Bréfritari: Lárus Bjarnason
Dagsetning: A-1874-03-20
Skrifað á: Vesturheimi

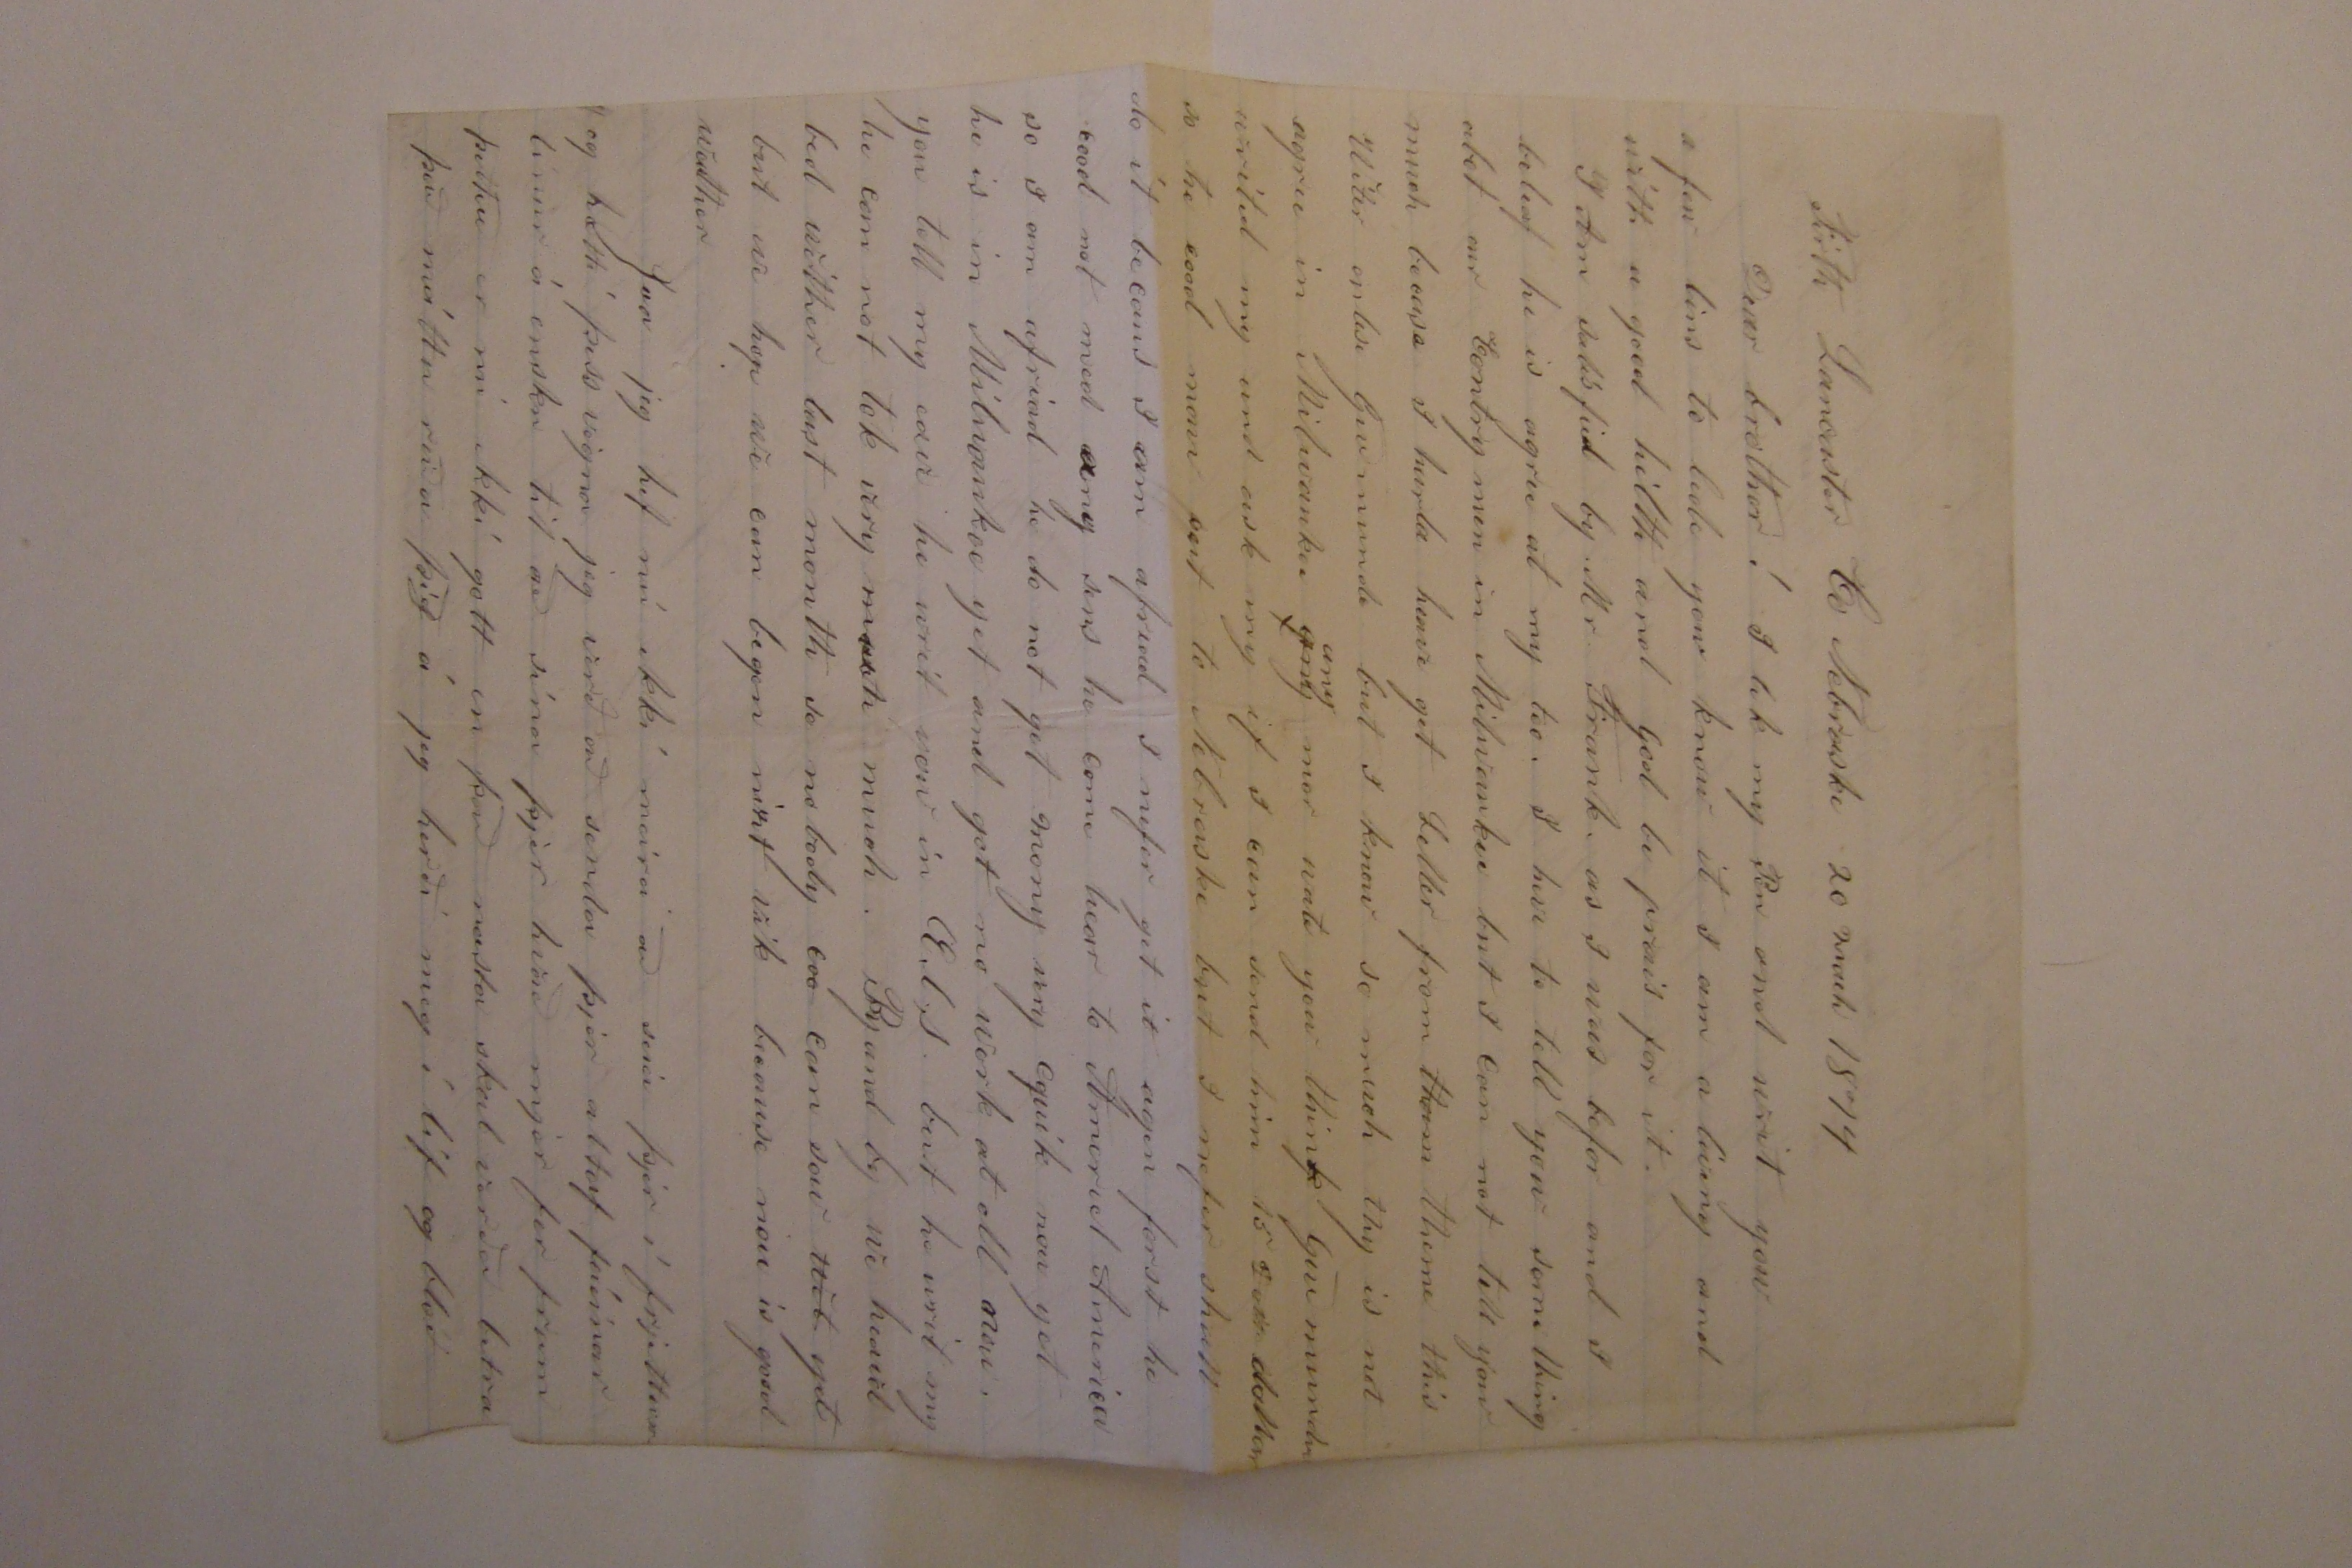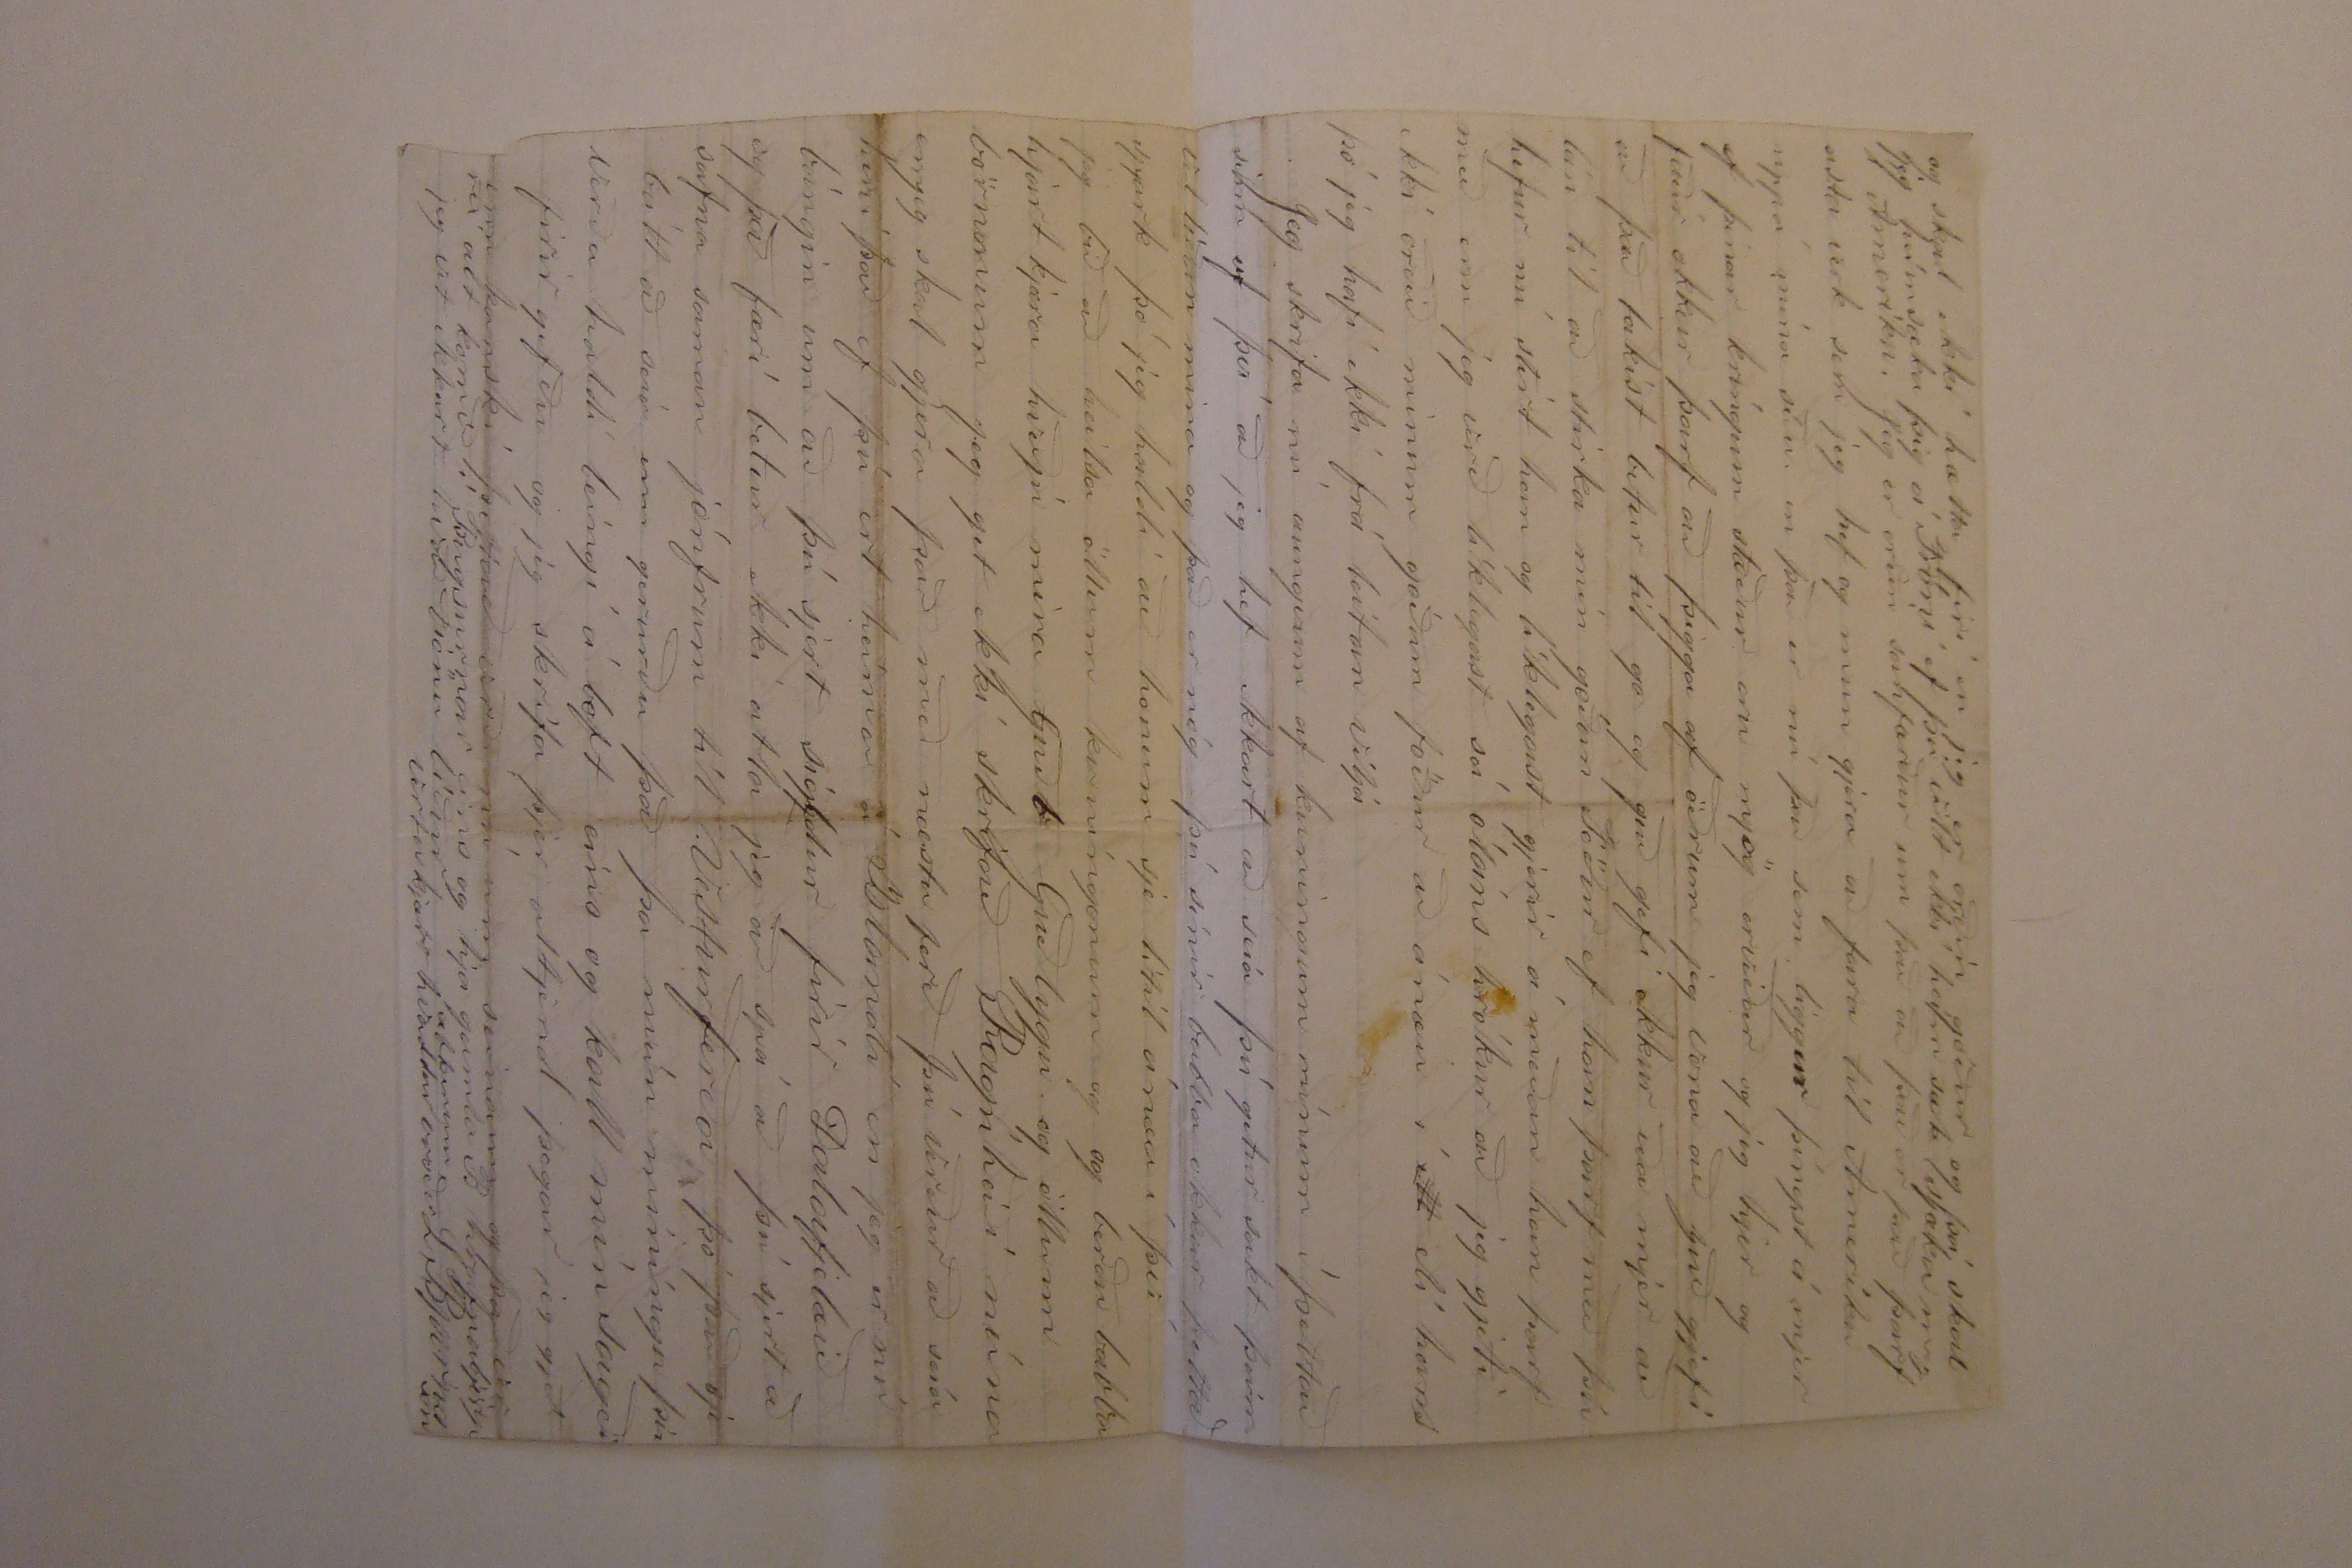

Firth Lancaster Co Nebraska 20 mach 1874
Dear brother! I
lik
my Pen and writ you a few lins to led you know it I am living and with a good hilth and God be prais for it.
I Am satis fied by Mr. Frank as I was befor and I beleaf he is agree at my too. I have to tell you something abot our Contry men in Milwaukee but I can not tell you much becase I h00la
hewe
get Letter from
them
theme this Witer 00000 Guðmundi but I know so much thy is not agree in Milwaukee
any
any
mor wat you think Guðmundur writed my and ask my if I can send him 15
Doll
dollar so he cood 0000 00t to Nebraska but I nefer shall do it becaus I am afread I nefer get it agen forst he cood not 0000 any sens he come hear to
Americl
America so I am afriad he do not get mony very cquik
nou
yet he is in Milwaukee yet and got no work at all nou. you tell my 0000 he writ you in E.l.s. but he writ my he can not very
much
much. By and by we heard
bed
wither last month so nobody
coo
can
sow
wet
yet but we hope we can begin 0i0t
vik
because nou is good wether
Svo jeg hef nú ekki meira að seia þjer í frjettum og hætti þess vegna jeg verð að senda þjer altaf fáeinar línur á ensku til að sína þjer hvað mjer fer fram þettað er nú ekki gott en það næsta skal verða betra það máttu reiða þig á jeg herði mig í líf og blóð
og skal ekki hætta firi en jeg er orðin góður og þá skal jeg heimsækja þig á Fróni ef þú vilt ekki heim
sæk
sjæka mig í Ameríku. Jeg er orðin sanfærður um það að það er það þarfasta verk sem jeg hef og mun gjera að fara til Ameríku uppá mína síðu en það er nú það sem liggur þíngst á mjer ef þínar kringum stæður eru mjög erviðar og jeg hjer og faðir okkar þarf að þigga af öðrum jeg vona að Guð gjefi að það takist betur til
go
og guð gefi okkur eða mjer að lán til að stirka min góðan Föður ef han þarf með þú hefur nú stirt han og líklegast gjerir á meðan han þarf með enn jeg verð líklegast sá óláns hrókur að jeg gjeti ekki orðið minum góðum föður að ánæu í
ell
eli hans þó jeg hafi ekki frá leitan vilja
Jeg skrifa nú aungvum af kuningum mínum í þettað sinn af því að jeg hef ekkert að seia þú getur sakt þeim vel líðan mína og það er nóg þú sínir babba okkar þettað spark þó jeg haldi að honum sje lítil ánæa í því jeg bið að heilsa öllum kuníngonum og og berðu babba hjartkjæra kveðju mína
Guðb
Guðlygu og öllum börnonum jeg get ekki srkifað Ragnheiði núna en jeg skal gjera það með næstu ferð þú verður að seía heni það ef þú ert heima á Islandi en jeg er nú bángin um að þú sjert sjálfur firir Dalafjelæið og það færi betur ekki atla jeg að spá að þú sjert að safna saman jónfrum til Vesturferða þó það sje bátt að seía enn gerurðu það þa mún miníngu þín verða haldi leingi á loft eins og kall mín sagði firirgefðu og jeg skrifa þjer altjent þegar jeg gjet enn kanski þettað verði nú um seinann og það verrði alt komið í Bugsurnar eins og hja gamla B
hrafnabje000
jeg vit ekkert hvað Diönu líður af þinum vertu kjært kvaddur bróðir L Bjarnason